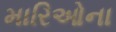
મારિઓના